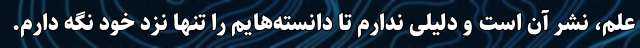
علم، نشر آن است و دلیلی ندارم تا دانسته‌هایم را تنها نزد خود نگه دارم.